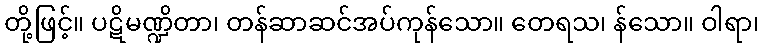
တို့ဖြင့်။ ပဋိမဏ္ဍိတာ၊ တန်ဆာဆင်အပ်ကုန်သော။ တေရသ၊ န်သော။ ဝါရာ၊